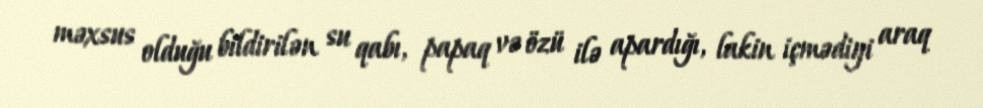
məxsus olduğu bildirilən su qabı, papaq və özü ilə apardığı, lakin içmədiyi araq